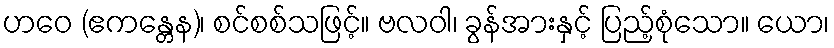
ဟဝေ (ဧကန္တေန)၊ စင်စစ်သဖြင့်။ ဗလဝါ၊ ခွန်အားနှင့် ပြည့်စုံသော။ ယော၊